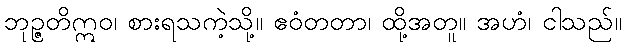
ဘုဉ္ဇတိဣဝ၊ စားရသကဲ့သို့။ ဧဝံတတာ၊ ထို့အတူ။ အဟံ၊ ငါသည်။